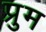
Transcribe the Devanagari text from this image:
प्रुम